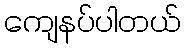
ကျေနပ်ပါတယ်